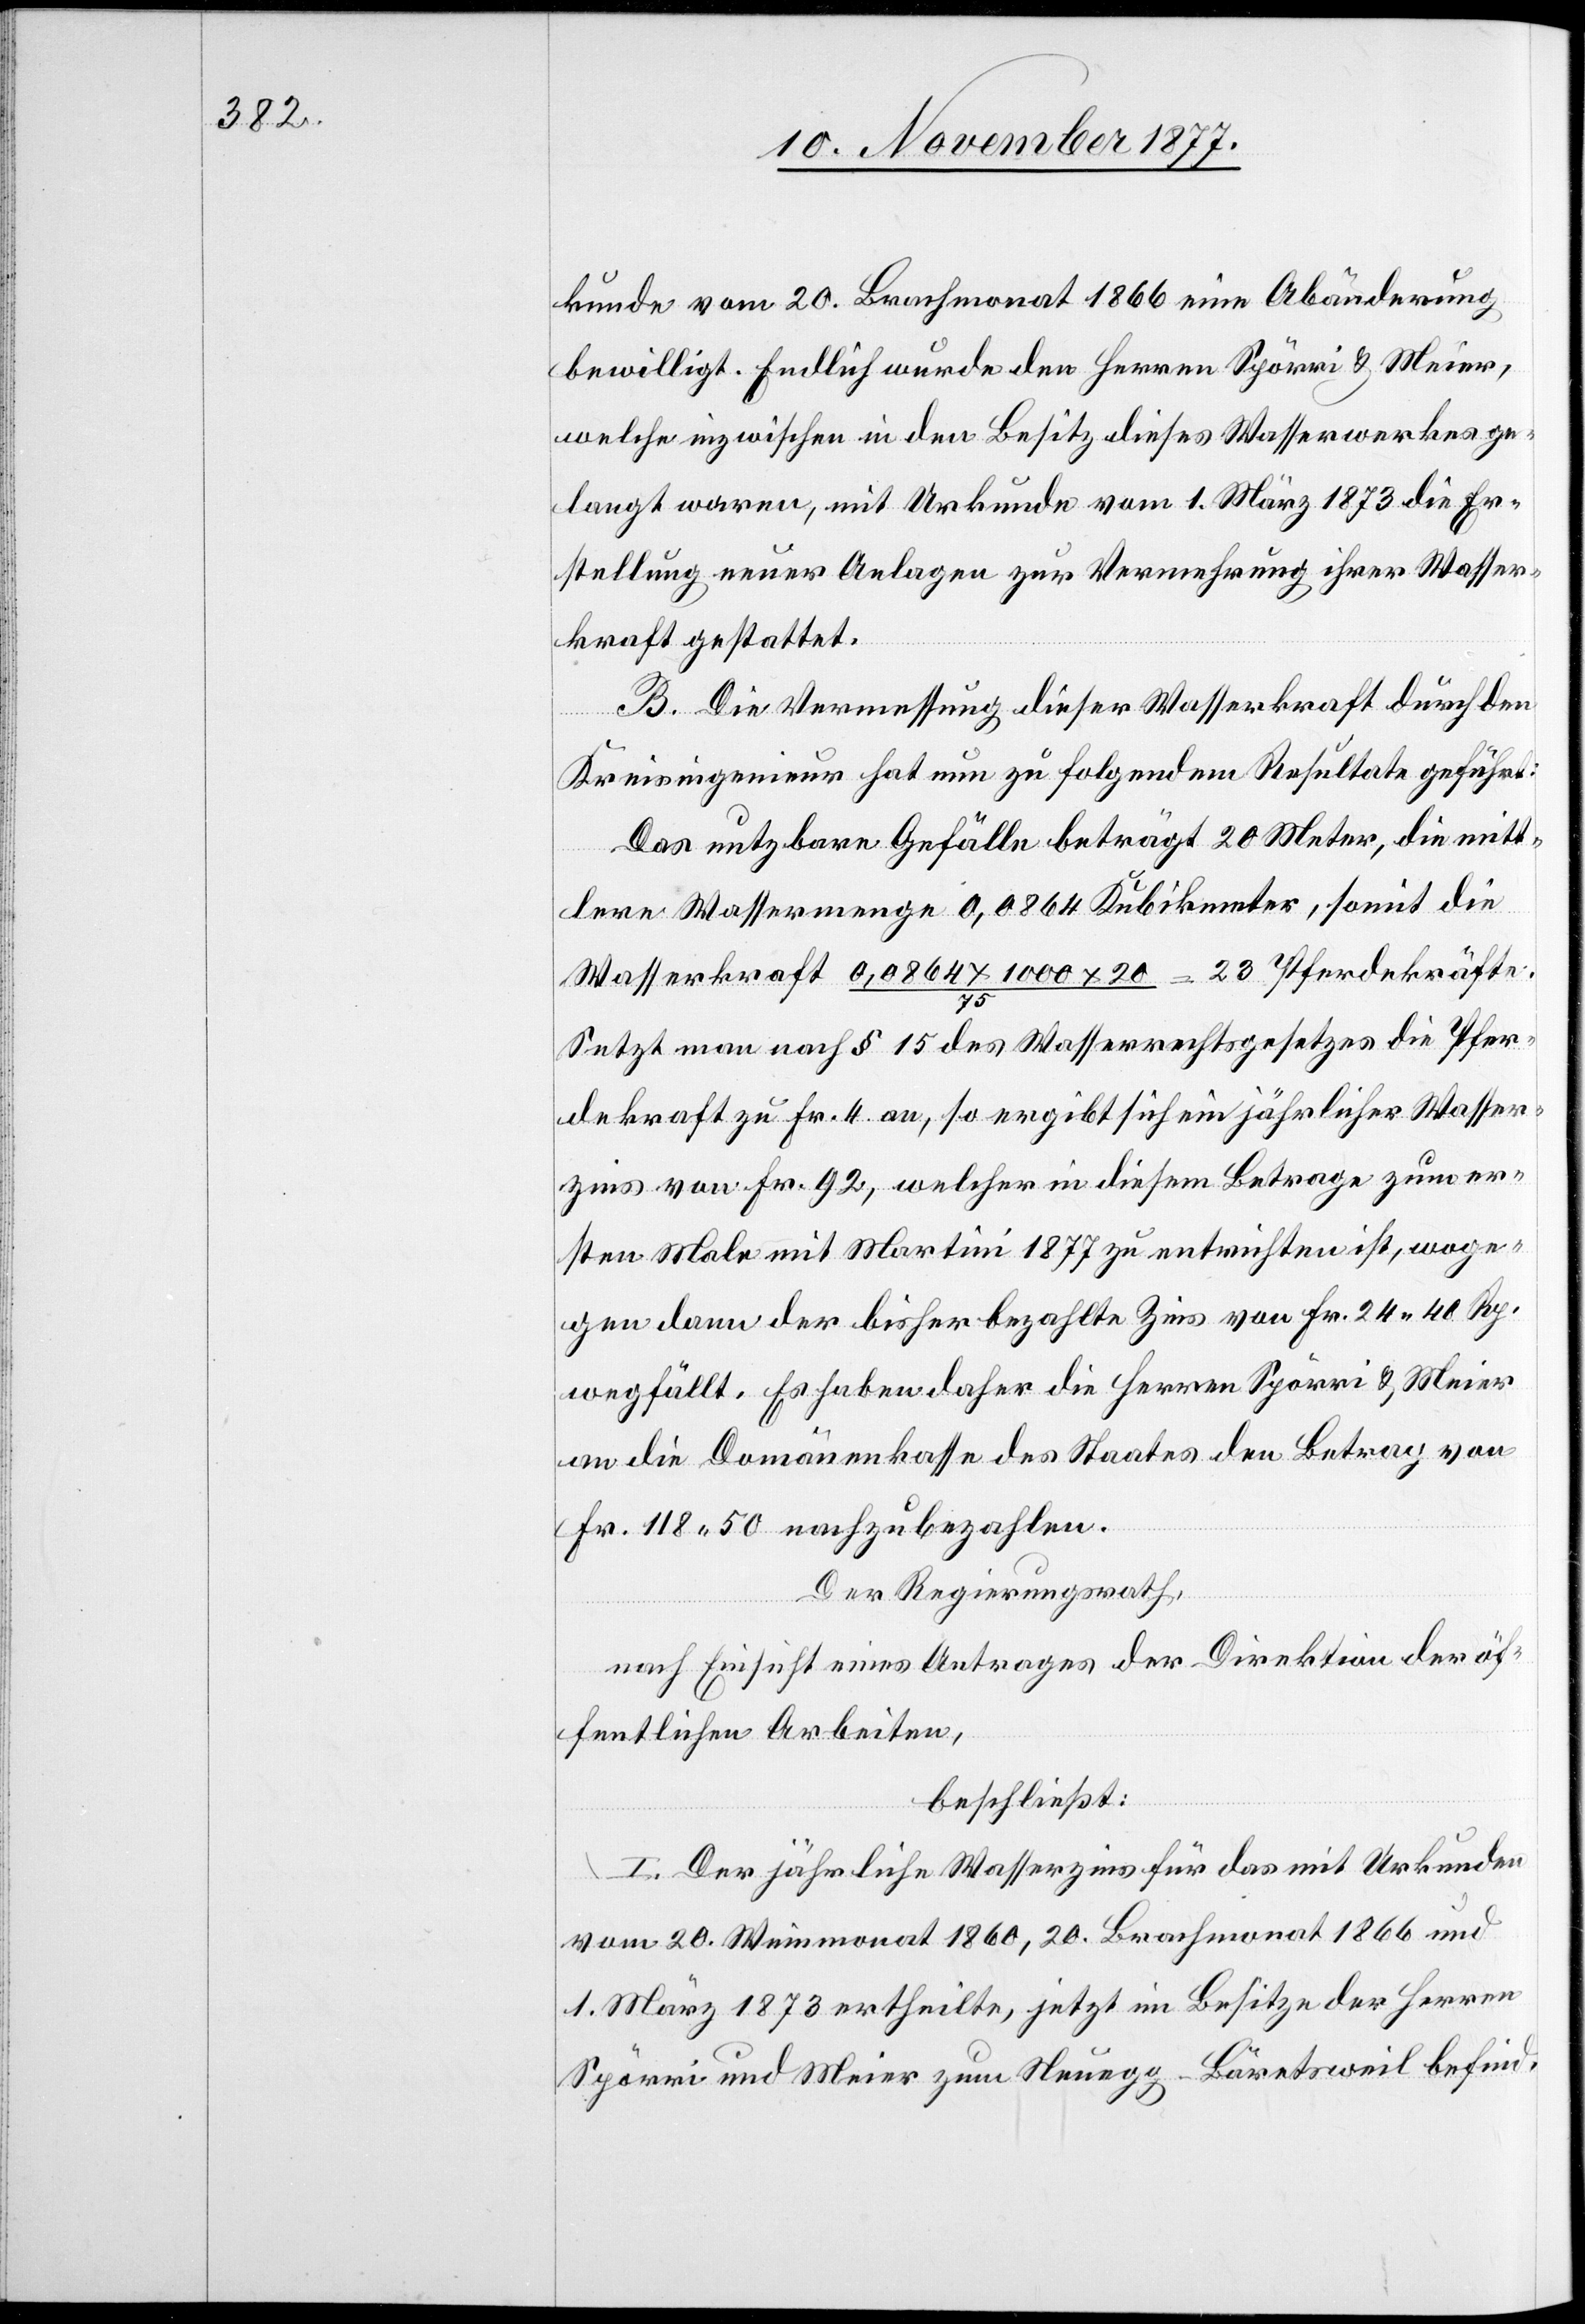
kunde vom 20. Brachmonat 1866 eine Abänderung
bewilligt. Endlich wurde den Herren Spörri & Meier,
welche inzwischen in den Besitz dieses Wasserwerkes ge¬
langt waren, mit Urkunde vom 1. März 1873 die Er¬
stellung neuer Anlagen zur Vermehrung ihrer Wasser¬
kraft gestattet.
B. Die Vermessung dieser Wasserkraft durch den
Kreisingenieur hat nun zu folgendem Resultate geführt:
Das nutzbare Gefälle beträgt 20 Meter, die mitt¬
lere Wassermenge 0,0864 Kubikmeter, somit die
Wasserkraft 0,0864 x 1000 x 20 / 75 = 23 Pferdekräfte.
Setzt man nach § 15 des Wasserrechtsgesetzes die Pfer¬
dekraft zu Fr. 4 an, so ergibt sich ein jährlicher Wasser¬
zins von Fr. 92, welcher in diesem Betrage zum er¬
sten Male mit Martini 1877 zu entrichten ist, woge¬
gen dann der bisher bezahlte Zins von Fr. 24 40 Rp.
wegfällt. Es haben daher die Herren Spörri & Meier
an die Domänenkasse des Staates den Betrag von
Fr. 118 50 nachzubezahlen.
Der Regierungsrath,
nach Einsicht eines Antrages der Direktion der öf¬
fentlichen Arbeiten,
beschließt:
I. Der jährliche Wasserzins für das mit Urkunden
vom 20. Weinmonat 1860, 20. Brachmonat 1866 und
1. März 1873 ertheilte, jetzt im Besitze der Herren
Spörri und Meier zum Neuegg - Bäretsweil befind-